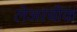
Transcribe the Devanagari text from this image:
लेजरबीक